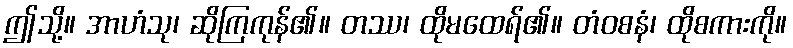
ဤသို့။ အာဟံသု၊ ဆိုကြကုန်၏။ တဿ၊ ထိုမထေရ်၏။ တံဝစနံ၊ ထိုစကားကို။